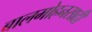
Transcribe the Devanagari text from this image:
बालमोहनसाठी